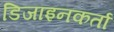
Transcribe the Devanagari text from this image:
डिजाइनकर्ता